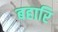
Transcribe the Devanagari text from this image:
बहारि